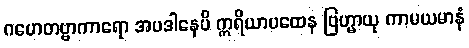
ဂဟေတဗ္ဗာကာရော အပဒါနေပိ ဣရိယာပထေန ဗြဟ္မာယု ကာမယမာနံ